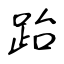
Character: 跆